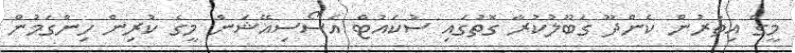
މީގެ އިތުރުން ކެންދޫ ގަބޫލުކުރާ ގޮތުގައި ސުކައުޓް އެސޯސިއޭޝަން މީގެ ކުރިން ހިންގަމުން